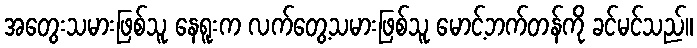
အတွေးသမားဖြစ်သူ နေရူးက လက်တွေ့သမားဖြစ်သူ မောင့်ဘက်တန်ကို ခင်မင်သည်။